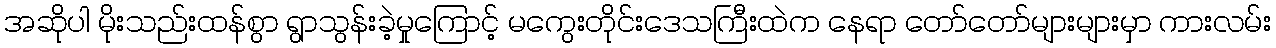
အဆိုပါ မိုးသည်းထန်စွာ ရွာသွန်းခဲ့မှုကြောင့် မကွေးတိုင်းဒေသကြီးထဲက နေရာ တော်တော်များများမှာ ကားလမ်း